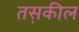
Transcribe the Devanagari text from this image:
तस़कील